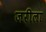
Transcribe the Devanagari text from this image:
जरीला